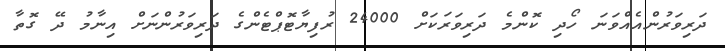
ދަރިވަރުންއެއްވަނަ ހޯދި ކޮންމެ ދަރިވަރަކަށް 24000 ރުފިޔާޓޮޕްޓެންގެ ދަރިވަރުންނަށް އިނާމު ދޭ ގޮތާ